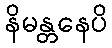
နိမန္တနေပိ